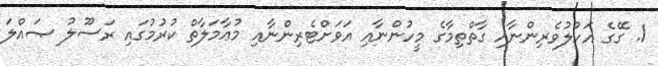
1. ގޭގެ އަހުލުވެރިންނާއި ގާތްތިމާގެ މީހުންނާއި އަވަށްޓެރިންނާއި މުޢާމަލާތް ކުރުމުގައި ރަސޫލު ޞައްލަ